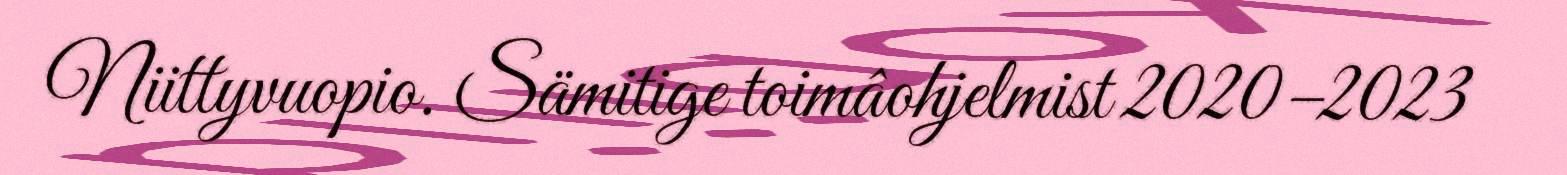
Niittyvuopio. Sämitige toimâohjelmist 2020–2023